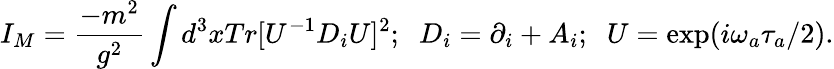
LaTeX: I_{M}=\frac{-m^{2}}{g^{2}}\int d^{3}xTr[U^{-1}D_{i}U]^{2};\; \; D_{i}=\partial_{i}+A_{i};\; \; U=\exp(i\omega_{a}\tau_{a}/2).